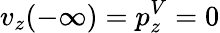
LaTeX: v_{z}(-\infty)=p_{z}^{V}=0